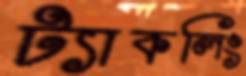
ট্যাকলিং